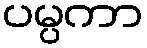
ပမ္ပကာ